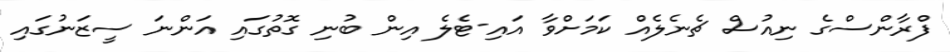
ފްރާންސްގެ ނިއުސް ޗެނެލެއް ކަމަށްވާ އައި-ޓެލެ އިން ބުނި ގޮތުގައި އަންނަ ސީޒަނުގައި